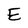
Character: E